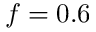
f = 0 . 6